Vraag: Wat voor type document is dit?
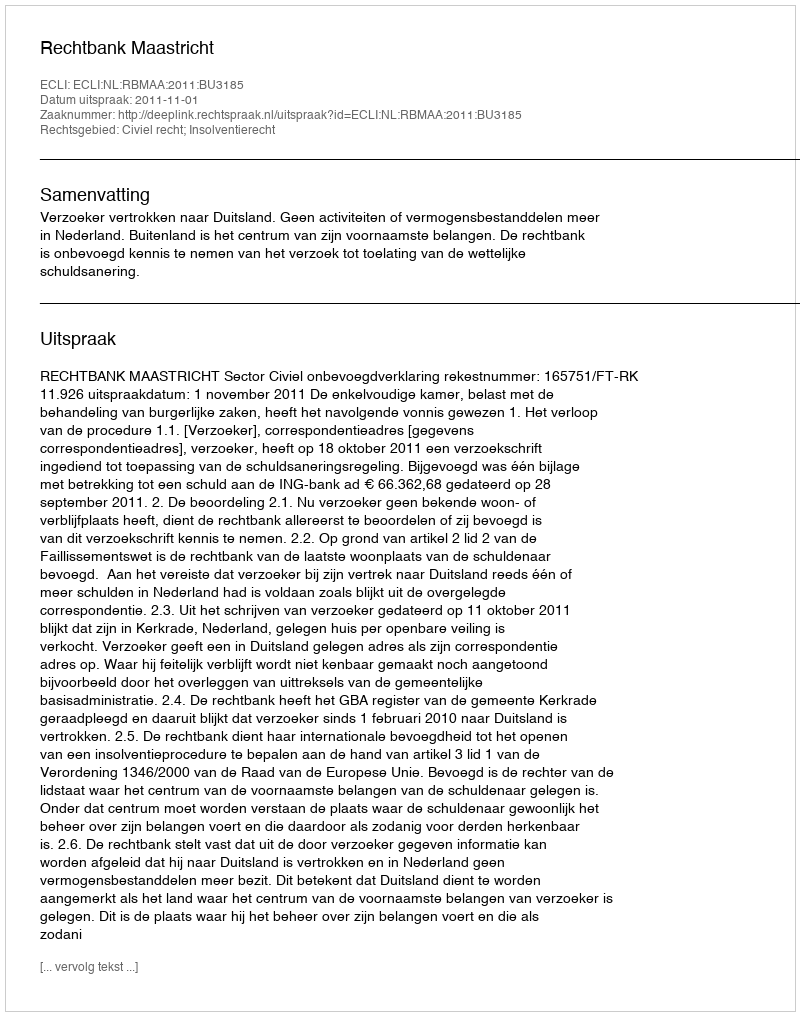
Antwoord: Uitspraak